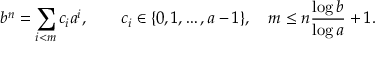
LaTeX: b ^ { n } = \sum _ { i < m } c _ { i } a ^ { i } , \qquad c _ { i } \in \{ 0 , 1 , \ldots , a - 1 \} , \quad m \leq n { \frac { \log b } { \log a } } + 1 .